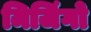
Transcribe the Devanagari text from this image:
मिजिंगो